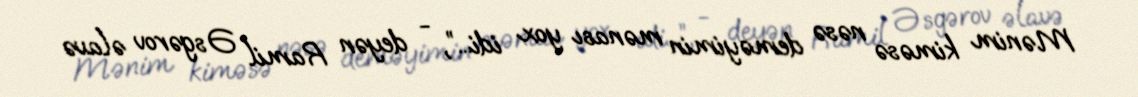
Mənim kiməsə nəsə deməyimin mənası yox idi...”, - deyən Ramil Əsgərov əlavə